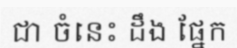
ជា ចំនេះ ដឹង ផ្នែក